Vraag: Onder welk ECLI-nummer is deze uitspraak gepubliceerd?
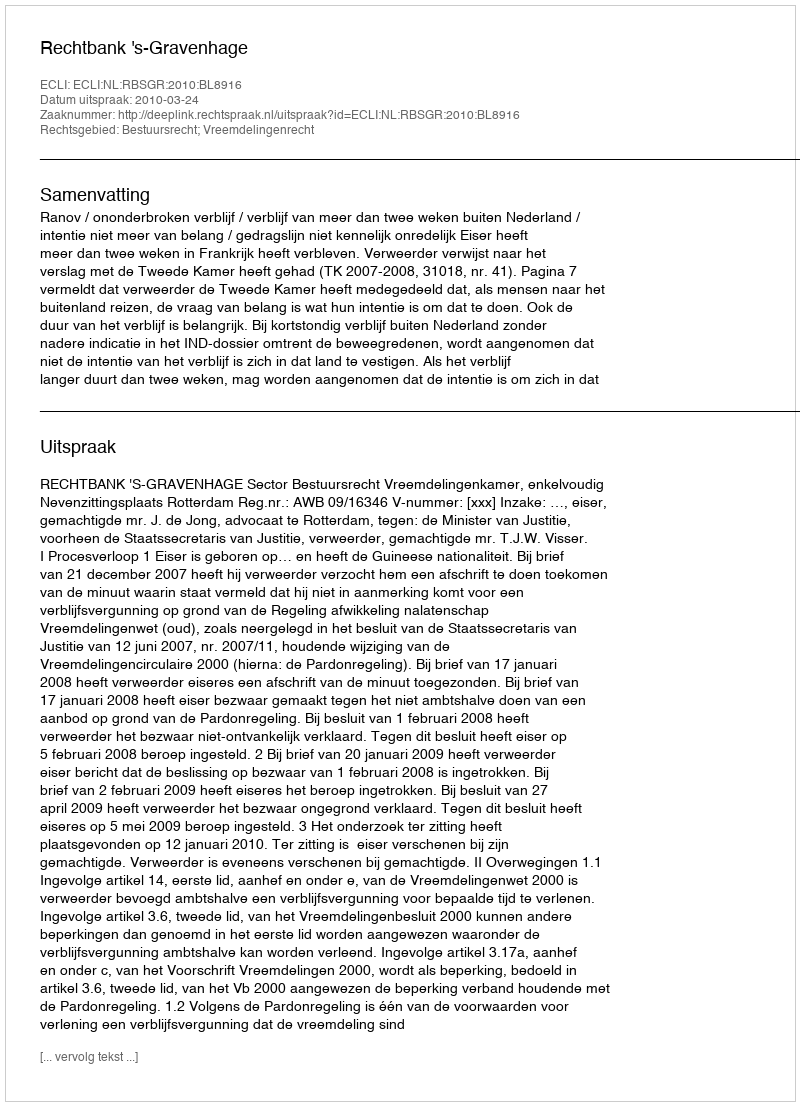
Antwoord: ECLI:NL:RBSGR:2010:BL8916